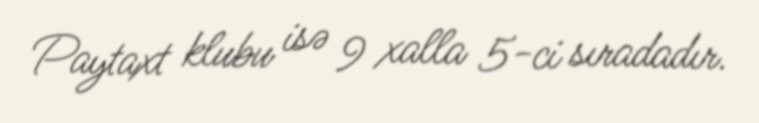
Paytaxt klubu isə 9 xalla 5-ci sıradadır.